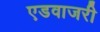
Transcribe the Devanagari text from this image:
एडवाजरी